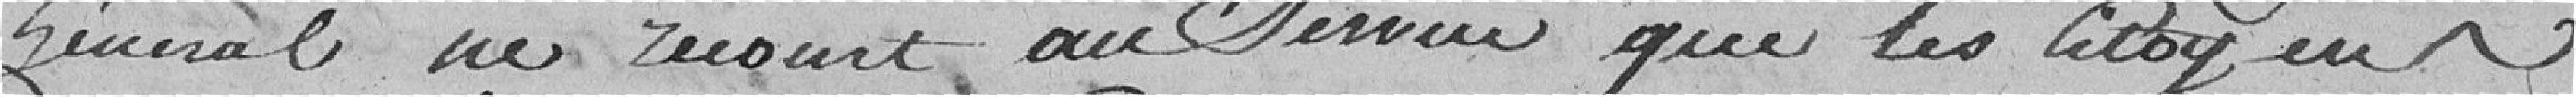
général ne résout au service que les citoyens